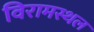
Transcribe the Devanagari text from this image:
विरामस्थल